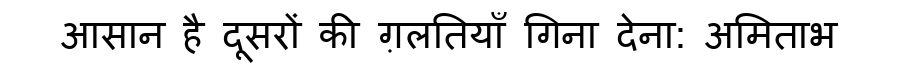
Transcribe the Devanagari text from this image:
आसान है दूसरों की ग़लतियाँ गिना देना: अमिताभ